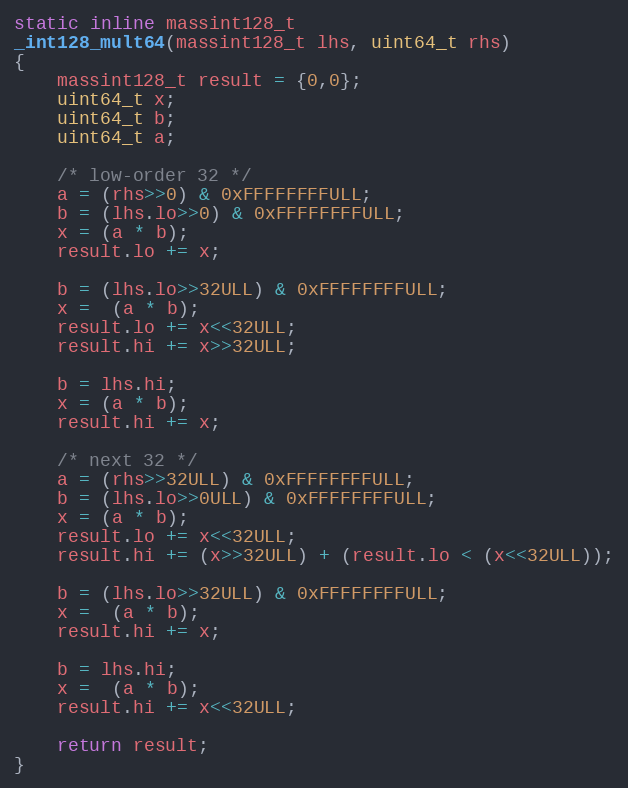
Language: C
static inline massint128_t
_int128_mult64(massint128_t lhs, uint64_t rhs)
{
    massint128_t result = {0,0};
    uint64_t x;
    uint64_t b;
    uint64_t a;

    /* low-order 32 */
    a = (rhs>>0) & 0xFFFFFFFFULL;
    b = (lhs.lo>>0) & 0xFFFFFFFFULL;
    x = (a * b);
    result.lo += x;

    b = (lhs.lo>>32ULL) & 0xFFFFFFFFULL;
    x =  (a * b);
    result.lo += x<<32ULL;
    result.hi += x>>32ULL;

    b = lhs.hi;
    x = (a * b);
    result.hi += x;

    /* next 32 */
    a = (rhs>>32ULL) & 0xFFFFFFFFULL;
    b = (lhs.lo>>0ULL) & 0xFFFFFFFFULL;
    x = (a * b);
    result.lo += x<<32ULL;
    result.hi += (x>>32ULL) + (result.lo < (x<<32ULL));

    b = (lhs.lo>>32ULL) & 0xFFFFFFFFULL;
    x =  (a * b);
    result.hi += x;

    b = lhs.hi;
    x =  (a * b);
    result.hi += x<<32ULL;

    return result;
}